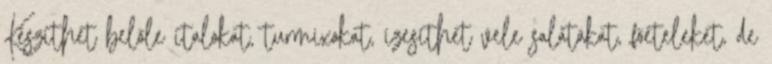
Készíthet belőle italokat, turmixokat, ízesíthet vele salátákat, főételeket, de